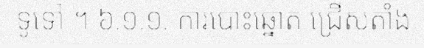
ទូទៅ ។ ៦.១.១. ការបោះឆ្នោត ជ្រើសតាំង